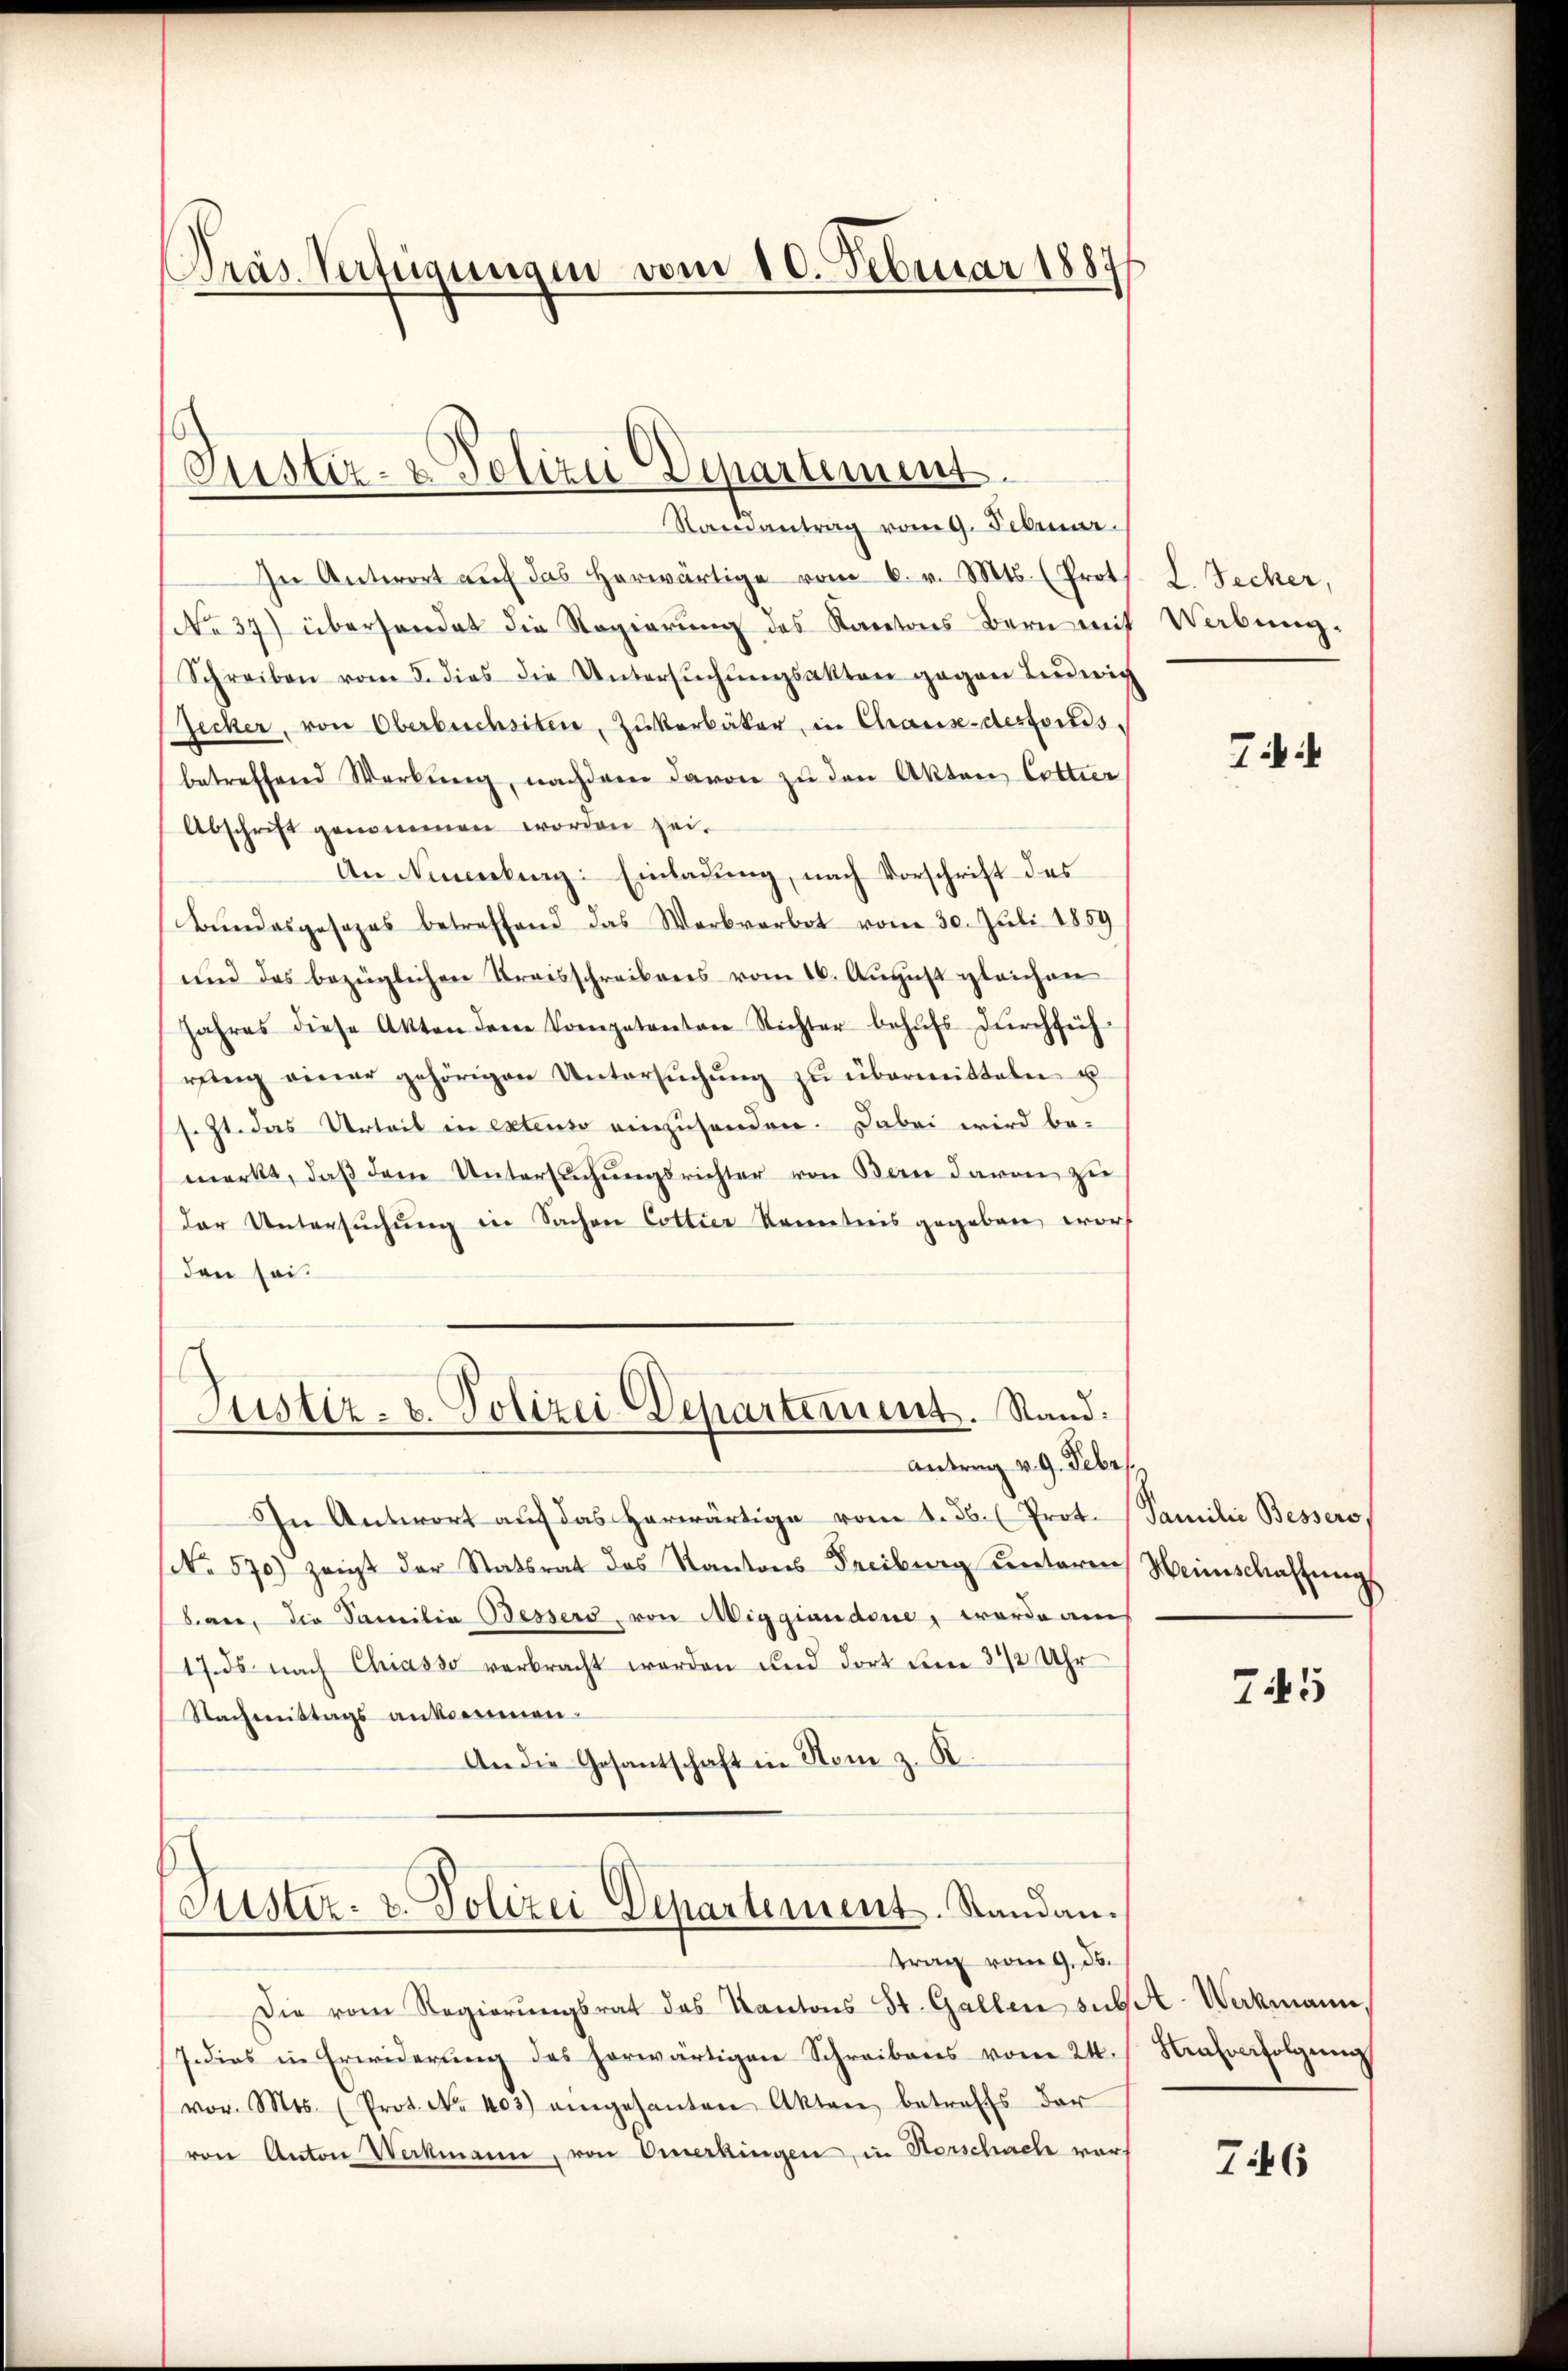
Präs. Verfügungen vom 10. Februar 1887

Justiz- & Polizei Departement.
Randantrag vom 9. Februar.

In Antwort aŭf das herwärtige vom 6. v. Mts. (Prot
No 37) überhandet die Regierung des Kantons Bern mit Werbung.
Schreiben vom 5. dies die Untersŭchŭngsakten gegen Leŭwich
Jecker, von Oberbuchsten, Zukerbäker in Chaux-destoris
betreffend Werkŭng, nachdem davon zŭ den Akten Cottier
Abschrift genommen worden zei¬
An Neuenburg: Einladung, nach Vorschrift des
Bundesgesezes betreffend das Werbverbot vom 30. Juli 1859
und das bezüglichen Kreisschreibens vom 16. August gleichen
Jahres diese Akten dem Kompetenten Richter behŭfs dŭrchfüh
rŭng einer gehörigen Untersŭchŭng zŭ übermitteln u.
s. Zt. das Urteil in extenso einzusenden. Dabei wird be-
merkt, daß dem Untersŭchŭngsrichter von Bern davon zu
(der Untersuchung in Sachen Cottier Kenntnis gegeben worden sei.

Justiz- & Polizei-Departement. Stand:

Antrag v. 9. Febr.
In Antwort aŭf das herwärtige vom 1. ds. Prot. Familie Bessers,
No. 570) zeigt der Statsrat des Kantons Freiburg untere Weinschaffungs
ban, die Familie Bessers, von Miggiandene, worde am
17. ds nach Chiasso verbracht worden und dort den 3 1/2 Uhr
Nachmittags ankommen.
An die Gesantschaft in Nom z. B.

oustiz- u. Polizei Departement. Standantrag vom 9. ds.

Die vom Regierŭngsrat des Kantons St. Gallen sub. Werkmann,
7. dies in Erwiderŭng des horwärtigen Schreibens vom 24. Krafverfolgung
vor. Mts. (Prot. Nr. 403) eingesanten Akten betreffs der
von Anton Werkmann, von Oerkingen, in Vorschael war-

L. Techer,

74

745

746